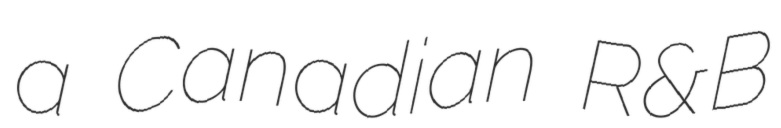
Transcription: a Canadian R&B